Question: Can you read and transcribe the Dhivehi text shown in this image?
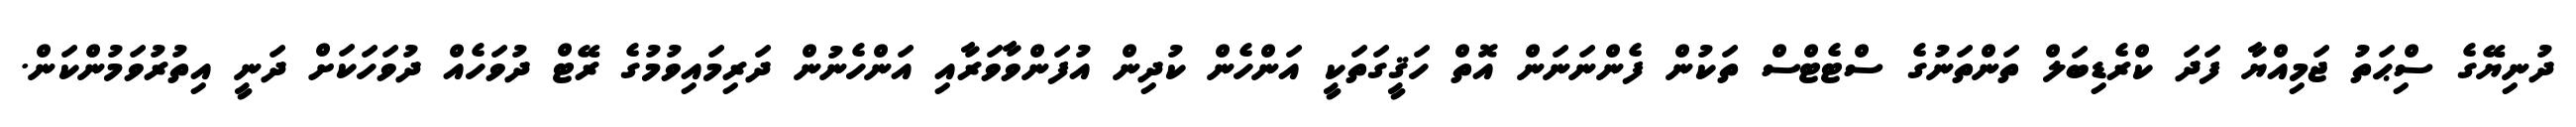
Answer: ދުނިޔޭގެ ސިްޙަތު ޖަމިއްޔާ ފަދަ ކްރެޑިބަލް ތަންތަނުގެ ސްޓެޓްސް ތަކުން ފެންނަނަން އޮތް ހަޤީގަތަކީ އަންހެން ކުދިން އުފަންވާވަރާއި އަންހެނުން ދަރިމައިވުމުގެ ރޭޓް ދުވަހެއް ދުވަހަކަށް ދަނީ އިތުރުވަމުންކަން.